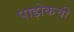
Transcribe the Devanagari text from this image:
पाझेकची